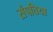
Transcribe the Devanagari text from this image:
संपत्तिया